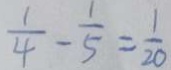
\frac { 1 } { 4 } - \frac { 1 } { 5 } = \frac { 1 } { 2 0 }